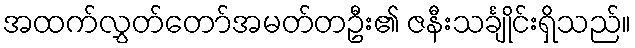
အထက်လွှတ်တော်အမတ်တဦး၏ ဇနီးသင်္ချိုင်းရှိသည်။